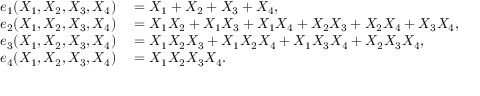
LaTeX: \begin{array} { r l } { e _ { 1 } ( X _ { 1 } , X _ { 2 } , X _ { 3 } , X _ { 4 } ) } & { { } = X _ { 1 } + X _ { 2 } + X _ { 3 } + X _ { 4 } , } \\ { e _ { 2 } ( X _ { 1 } , X _ { 2 } , X _ { 3 } , X _ { 4 } ) } & { { } = X _ { 1 } X _ { 2 } + X _ { 1 } X _ { 3 } + X _ { 1 } X _ { 4 } + X _ { 2 } X _ { 3 } + X _ { 2 } X _ { 4 } + X _ { 3 } X _ { 4 } , } \\ { e _ { 3 } ( X _ { 1 } , X _ { 2 } , X _ { 3 } , X _ { 4 } ) } & { { } = X _ { 1 } X _ { 2 } X _ { 3 } + X _ { 1 } X _ { 2 } X _ { 4 } + X _ { 1 } X _ { 3 } X _ { 4 } + X _ { 2 } X _ { 3 } X _ { 4 } , } \\ { e _ { 4 } ( X _ { 1 } , X _ { 2 } , X _ { 3 } , X _ { 4 } ) } & { { } = X _ { 1 } X _ { 2 } X _ { 3 } X _ { 4 } . \, } \end{array}